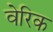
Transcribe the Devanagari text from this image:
वेरिक